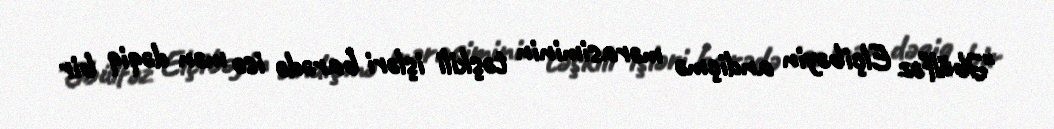
"Əbülfəz Elçibəyin andiçmə mərasiminin təşkili işləri barədə isə mən dəqiq bir